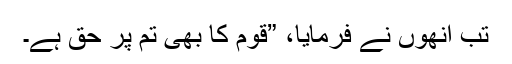
تب انھوں نے فرمایا، ”قوم کا بھی تم پر حق ہے۔